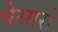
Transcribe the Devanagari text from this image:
पेसारो